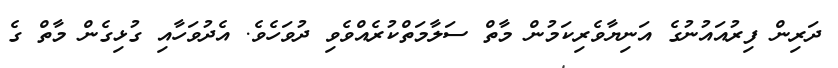
ދަރިން ފިރުއައުނުގެ އަނިޔާވެރިކަމުން މާތް ސަލާމަތްކުރެއްވެވި ދުވަހެވެ. އެދުވަހާއި ގުޅިގެން މާތް ގެ